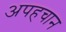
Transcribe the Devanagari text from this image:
अपहचान